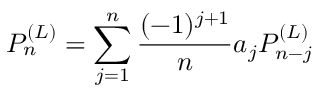
P _ { n } ^ { ( L ) } = \sum _ { j = 1 } ^ { n } \frac { ( - 1 ) ^ { j + 1 } } { n } a _ { j } P _ { n - j } ^ { ( L ) }